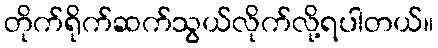
တိုက်ရိုက်ဆက်သွယ်လိုက်လို့ရပါတယ်။